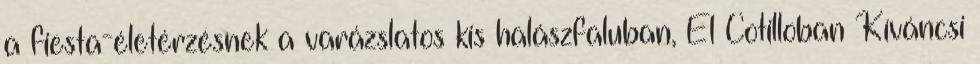
a fiesta-életérzésnek a varázslatos kis halászfaluban, El Cotilloban Kíváncsi